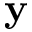
\mathbf { y }